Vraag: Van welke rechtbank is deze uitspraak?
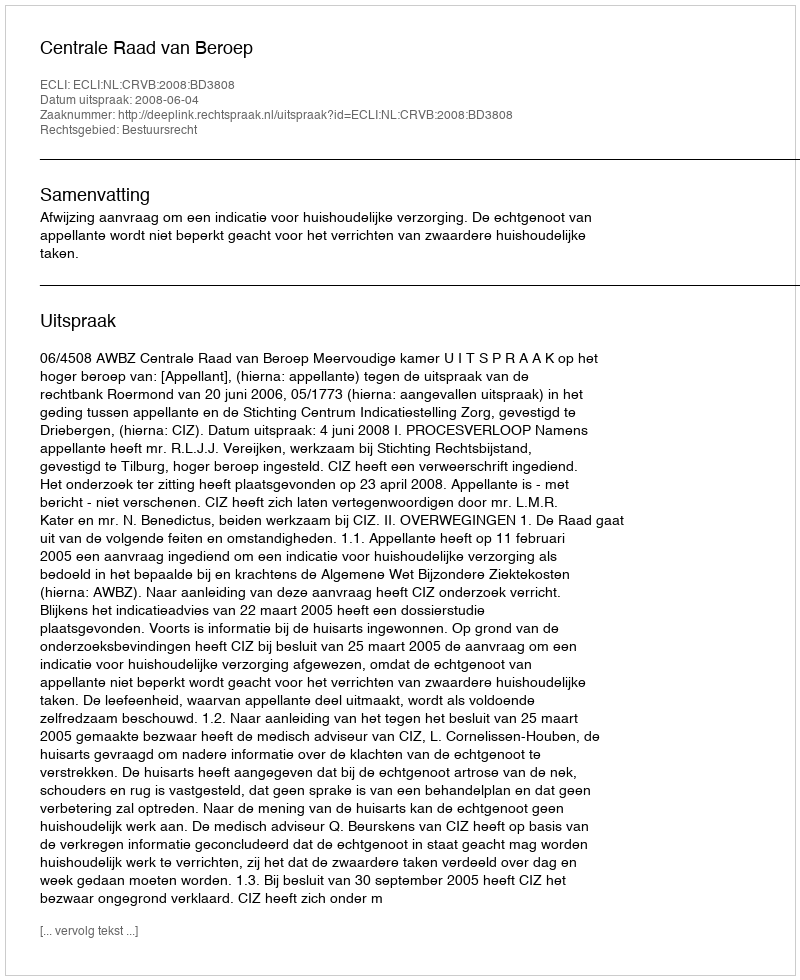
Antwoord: Centrale Raad van Beroep